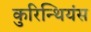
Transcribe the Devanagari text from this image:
कुरिन्थियंस